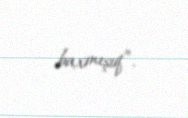
baxmışıq”.